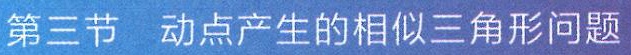
第三节  动点产生的相似三角形问题